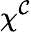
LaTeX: \chi^{\mathcal{C}}